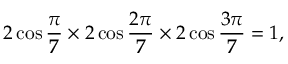
2 \cos { \frac { \pi } { 7 } } \times 2 \cos { \frac { 2 \pi } { 7 } } \times 2 \cos { \frac { 3 \pi } { 7 } } = 1 ,